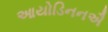
આયોડિનનઐ